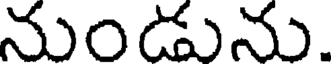
నుండును.